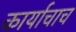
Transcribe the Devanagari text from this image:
कार्याचाच